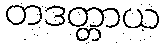
တဒတ္တာယ